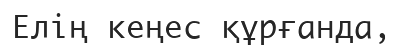
Елің кеңес құрғанда,